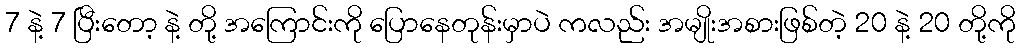
7 နဲ့ 7 ပြီးတော့ နဲ့ တို့ အကြောင်းကို ပြောနေတုန်းမှာပဲ ကလည်း အမျိုးအစားဖြစ်တဲ့ 20 နဲ့ 20 တို့ကို